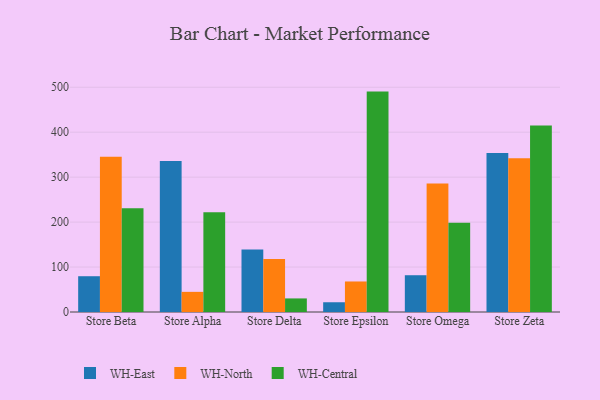
{"axis": {"x": "Store", "y": "Market Share (%)"}, "legend": ["WH-Central", "WH-East", "WH-North"], "data": [{"x": "Store Beta", "y": 79.6, "type": "WH-East"}, {"x": "Store Beta", "y": 345.4, "type": "WH-North"}, {"x": "Store Beta", "y": 230.8, "type": "WH-Central"}, {"x": "Store Alpha", "y": 336.0, "type": "WH-East"}, {"x": "Store Alpha", "y": 44.8, "type": "WH-North"}, {"x": "Store Alpha", "y": 221.9, "type": "WH-Central"}, {"x": "Store Delta", "y": 139.3, "type": "WH-East"}, {"x": "Store Delta", "y": 118.0, "type": "WH-North"}, {"x": "Store Delta", "y": 30.2, "type": "WH-Central"}, {"x": "Store Epsilon", "y": 21.7, "type": "WH-East"}, {"x": "Store Epsilon", "y": 67.9, "type": "WH-North"}, {"x": "Store Epsilon", "y": 490.3, "type": "WH-Central"}, {"x": "Store Omega", "y": 81.8, "type": "WH-East"}, {"x": "Store Omega", "y": 285.6, "type": "WH-North"}, {"x": "Store Omega", "y": 198.7, "type": "WH-Central"}, {"x": "Store Zeta", "y": 353.5, "type": "WH-East"}, {"x": "Store Zeta", "y": 342.0, "type": "WH-North"}, {"x": "Store Zeta", "y": 414.7, "type": "WH-Central"}]}